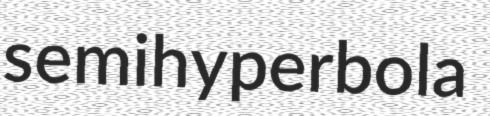
semihyperbola